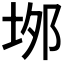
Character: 𡋓